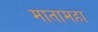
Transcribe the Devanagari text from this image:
मातामहा